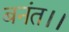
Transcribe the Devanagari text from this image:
बनंत।।